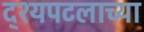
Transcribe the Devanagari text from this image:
द्श्यपटलाच्या